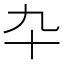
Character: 卆